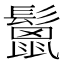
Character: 鬛